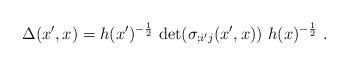
LaTeX: \begin{align*}\Delta(x',x) = h(x')^{- \frac{1}{2}}~ {\rm det}(\sigma_{;i'j}(x',x))~ h(x)^{- \frac{1}{2}} \ .\end{align*}